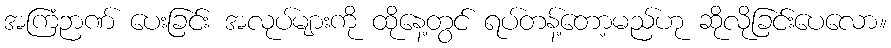
အကြံဉာဏ် ပေးခြင်း အလုပ်များကို ထိုနေ့တွင် ရပ်တန့်တော့မည်ဟု ဆိုလိုခြင်းပေလော။